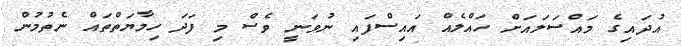
އުދައިގެ މައްސަލައަށް ހައްލެއް އައިސްފައި ނުވަނީ ވެސް މި ފަދަ ހިމާޔަތްތައް ނެތުމުން